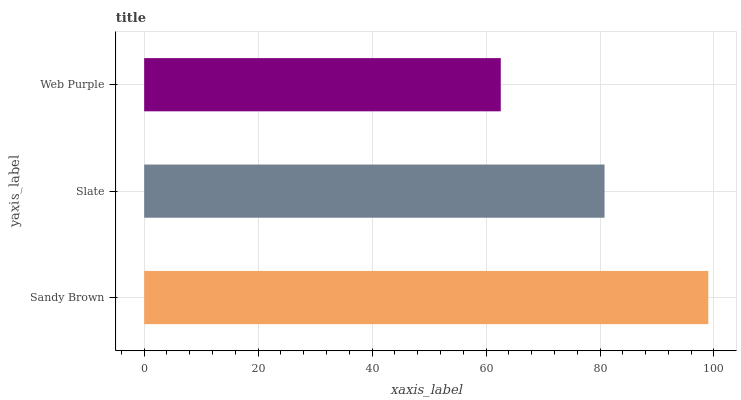
| yaxis_label | bars |
 | --- | --- |
 | Sandy Brown | 99 |
 | Slate | 80.8 |
 | Web Purple | 62.6 |